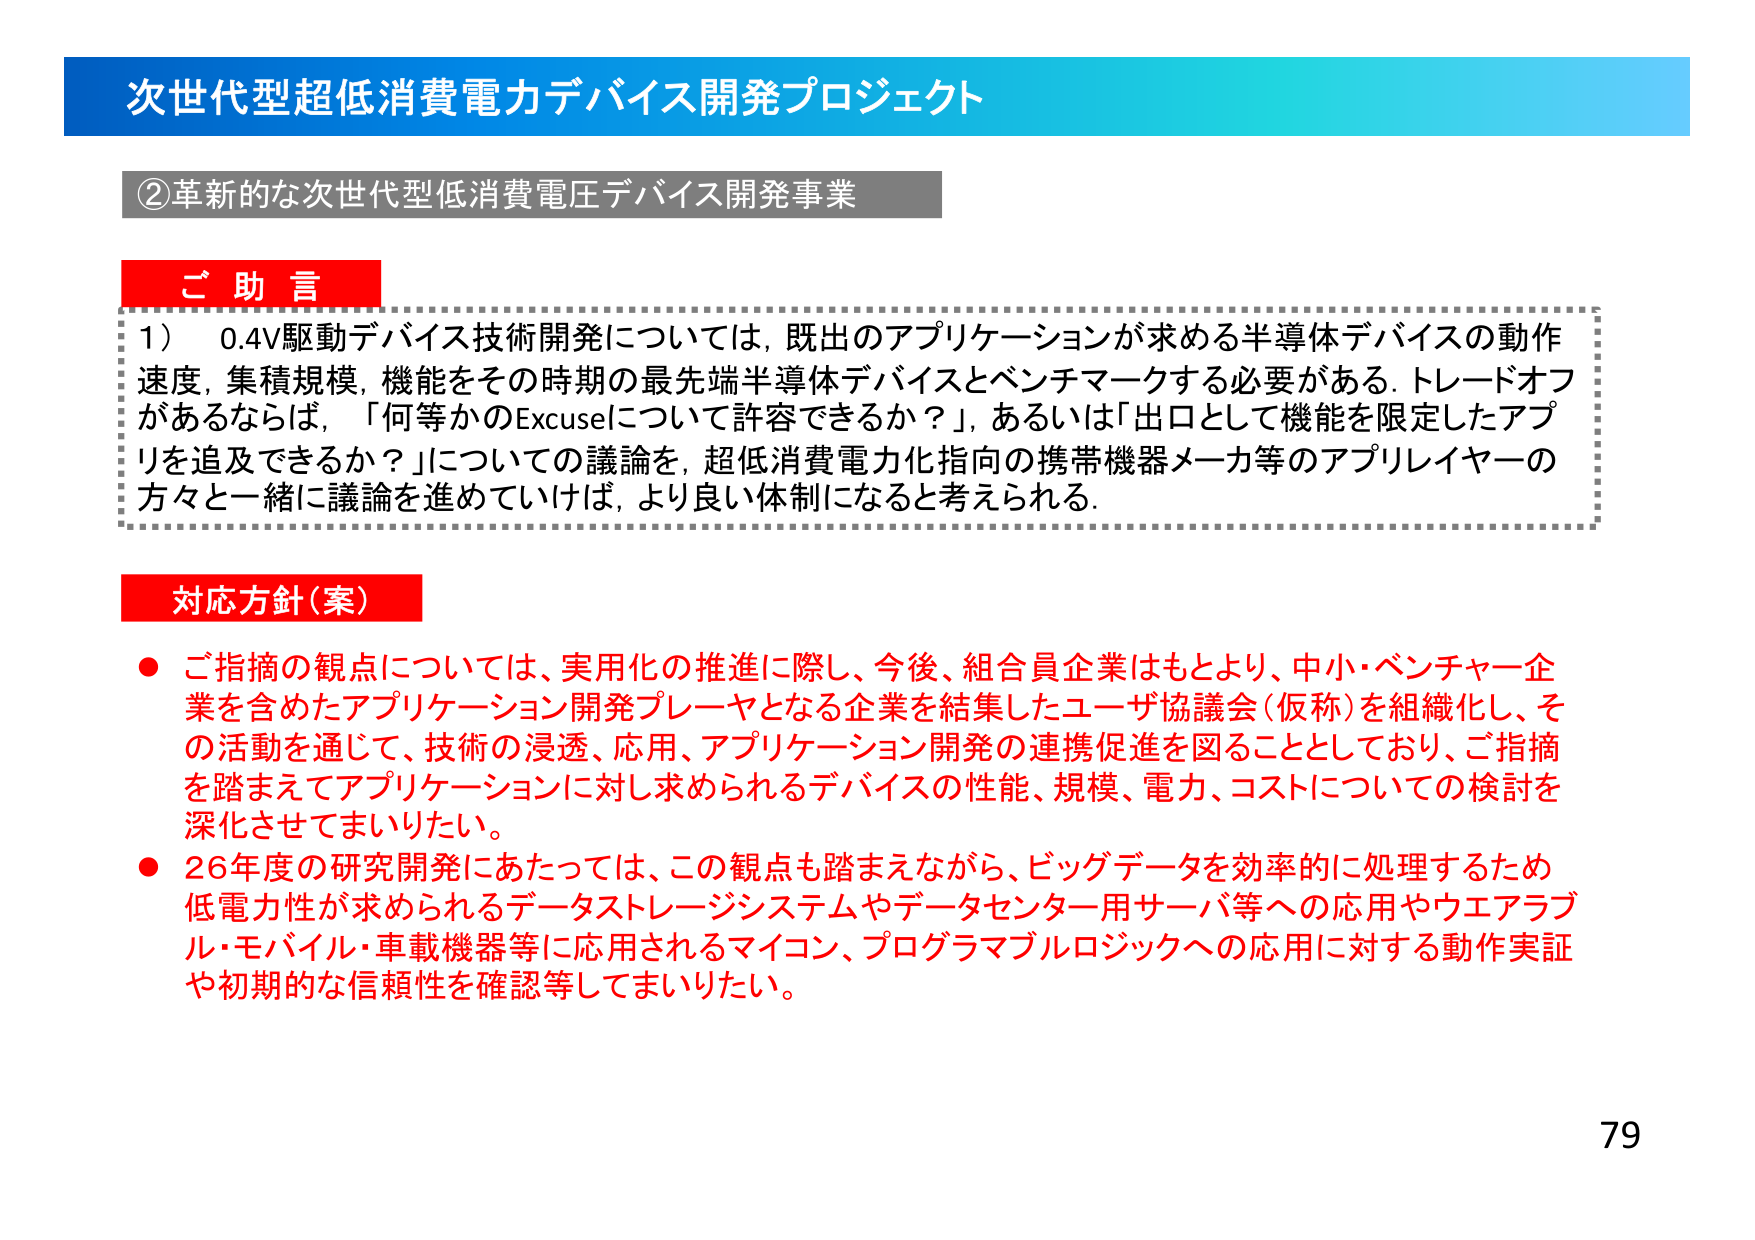
次世代型超低消費電力デバイス開発プロジェクト

②革新的な次世代型低消費電圧デバイス開発事業

ご助言
1）0.4V駆動デバイス技術開発については、既出のアプリケーションが求める半導体デバイスの動作速度、集積規模、機能をその時期の最先端半導体デバイスとベンチマークする必要がある。トレードオフがあるならば、「何等かのExcuseについて許容できるか？」、あるいは「出口として機能を限定したアプリを追及できるか？」についての議論を、超低消費電力化指向の携帯機器メーカ等のアプリレイヤーの方々と一緒に議論を進めていけば、より良い体制になると考えられる。

対応方針（案）
● ご指摘の観点については、実用化の推進に際し、今後、組合員企業はもとより、中小・ベンチャー企業を含めたアプリケーション開発プレイヤーとなる企業を結集したユーザ協議会（仮称）を組織化し、その活動を通じて、技術の浸透、応用、アプリケーション開発の連携促進を図ることとしており、ご指摘を踏まえてアプリケーションに対し求められるデバイスの性能、規模、電力、コストについての検討を深化させてまいりたい。
● 26年度の研究開発にあたっては、この観点も踏まえながら、ビッグデータを効率的に処理するため低電力性が求められるデータストレージシステムやデータセンター用サーバ等への応用やウェアラブル・モバイル・車載機器等に応用されるマイコン、プログラマブルロジックへの応用に対する動作実証や初期的な信頼性を確認等してまいりたい。

79